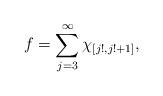
LaTeX: \begin{align*}f=\sum_{j=3}^\infty\chi_{[j!,j!+1]},\end{align*}